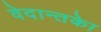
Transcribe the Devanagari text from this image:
वेदान्तकाे